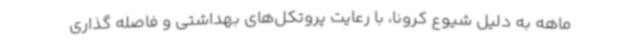
ماهه به دلیل شیوع کرونا، با رعایت پروتکل‌های بهداشتی و فاصله گذاری